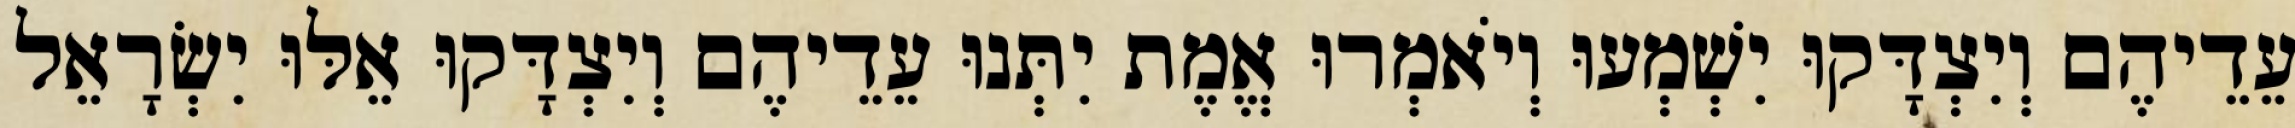
עֵדֵיהֶם וְיִצְדָּקוּ יִשְׁמְעוּ וְיֹאמְרוּ אֱמֶת יִתְּנוּ עֵדֵיהֶם וְיִצְדָּקוּ אֵלּוּ יִשְׂרָאֵל